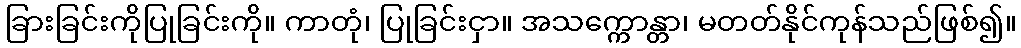
ခြားခြင်းကိုပြုခြင်းကို။ ကာတုံ၊ ပြုခြင်းငှာ။ အသက္ကောန္တာ၊ မတတ်နိုင်ကုန်သည်ဖြစ်၍။